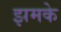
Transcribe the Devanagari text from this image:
झमके